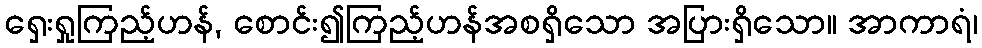
ရှေးရှုကြည့်ဟန်, စောင်း၍ကြည့်ဟန်အစရှိသော အပြားရှိသော။ အာကာရံ၊